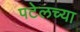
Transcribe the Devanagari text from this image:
पटेलच्या